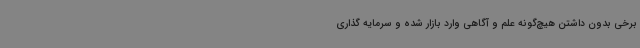
برخی بدون داشتن هیچ‌گونه علم و آگاهی وارد بازار شده و سرمایه گذاری